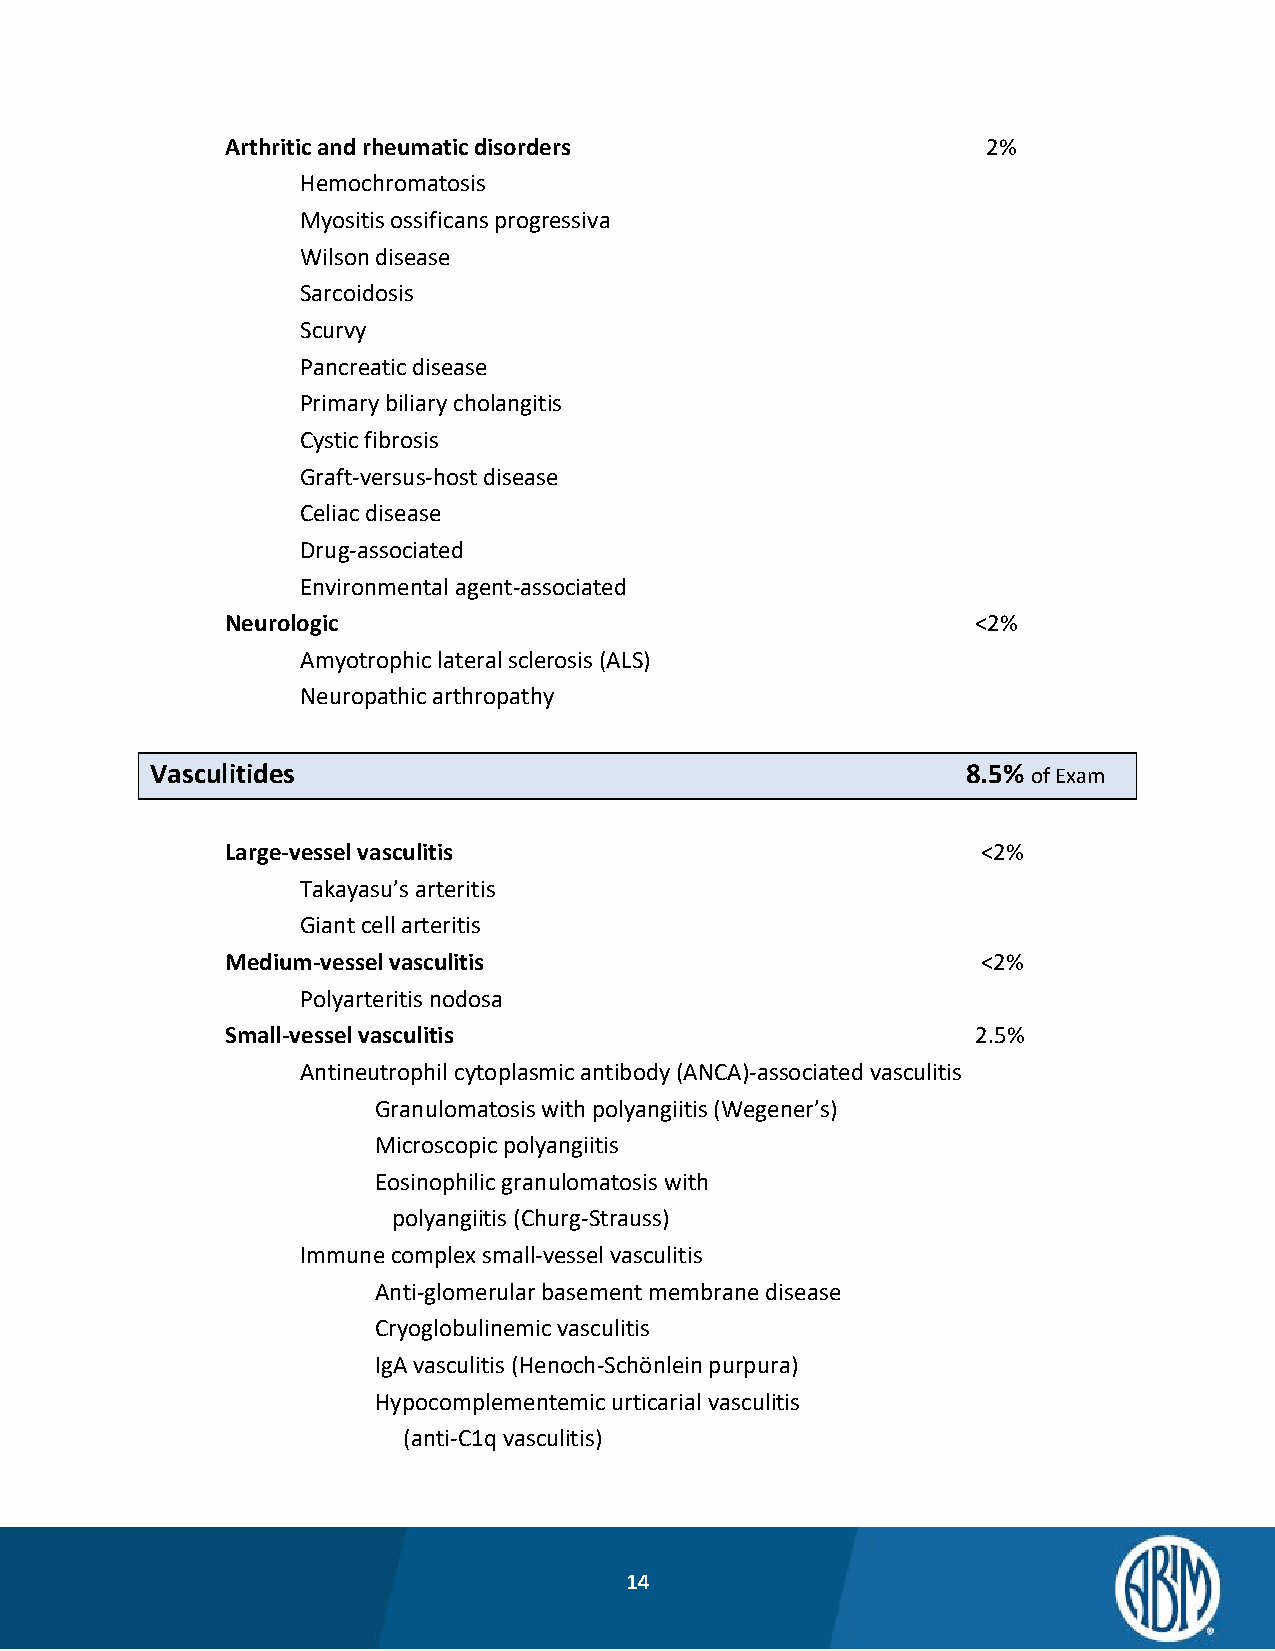
Arthritic and rheumatic disorders                 2%
 Hemochromatosis
 Myositis ossificans progressiva
 Wilson disease
 Sarcoidosis
 Scurvy
 Pancreatic disease
 Primary biliary cholangitis
 Cystic fibrosis
 Graft-versus-host disease
 Celiac disease
 Drug-associated
 Environmental agent-associated
 Neurologic                                        <2%
 Amyotrophic lateral sclerosis (ALS)
 Neuropathic arthropathy
 Vasculitides                                          8.5% of Exam
 Large-vessel vasculitis                           <2%
 Takayasu’s arteritis
 Giant cell arteritis
 Medium-vessel vasculitis                          <2%
 Polyarteritis nodosa
 Small-vessel vasculitis                           2.5%
 Antineutrophil cytoplasmic antibody (ANCA)-associated vasculitis
 Granulomatosis with polyangiitis (Wegener’s)
 Microscopic polyangiitis
 Eosinophilic granulomatosis with
 polyangiitis (Churg-Strauss)
 Immune complex small-vessel vasculitis
 Anti-glomerular basement membrane disease
 Cryoglobulinemic vasculitis
 IgA vasculitis (Henoch-Schönlein purpura)
 Hypocomplementemic urticarial vasculitis
 (anti-C1q vasculitis)
 14